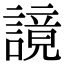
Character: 𧫙